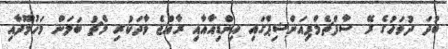
ބުދަ ދުވަހުގެ ރޭ ސާފްޗެމްޕިއަންޝިޕްގައި އިންޑިއާއާއި ރާއްޖެ ވާދަކުރި މެޗު ބަލަން މަހުމޫދާއި